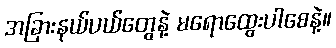
အခြားနယ်ပယ်တွေနဲ့ မရောထွေးပါစေနဲ့။